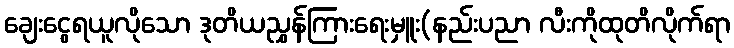
ချေးငွေရယူလိုသော ဒုတိယညွှန်ကြားရေးမှူး(နည်းပညာ လီးကိုထုတိလိုက်ရာ